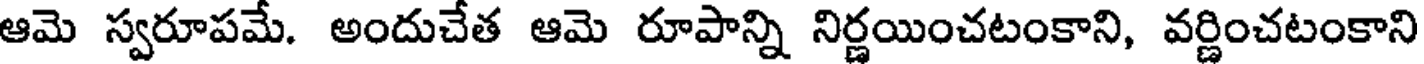
ఆమె స్వరూపమే. అందుచేత ఆమె రూపాన్ని నిర్ణయించటంకాని, వర్ణించటంకాని